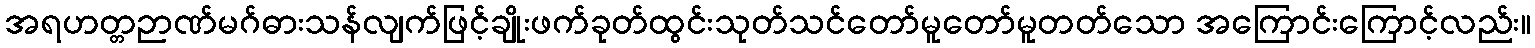
အရဟတ္တဉာဏ်မဂ်ဓားသန်လျက်ဖြင့်ချိုးဖက်ခုတ်ထွင်းသုတ်သင်တော်မူတော်မူတတ်သော အကြောင်းကြောင့်လည်း။